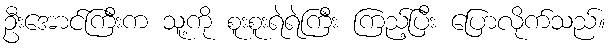
ဦးအောင်ကြီးက သူ့ကို စူးစူးရဲရဲကြီး ကြည့်ပြီး ပြောလိုက်သည်။